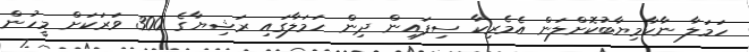
ހަމަލާ ނާކާމިޔާބުކޮށްލަން އެމެރިކާ ސިފައިން ދިން ހަމަލާގައި ރަޝިޔާގެ 300 ވަރަކަށް މީހުން